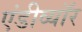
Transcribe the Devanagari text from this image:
एंडीव्यॉर